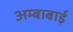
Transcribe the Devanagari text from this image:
अम्बाबाई